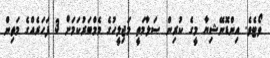
ވޯޓެވެ. އިންޑޮނޭޝިޔާ މީގެ ކުރިން ސަލާމަތީ މަޖިލީހުގެ މެމްބަރުކަމަށް 3 ފަހަރެއްގެ މަތިން